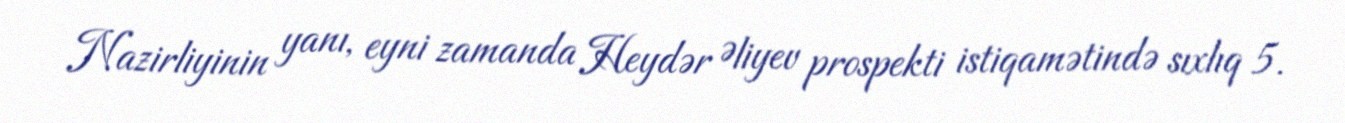
Nazirliyinin yanı, eyni zamanda Heydər Əliyev prospekti istiqamətində sıxlıq 5.